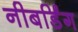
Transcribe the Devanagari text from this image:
नीबर्डिंग